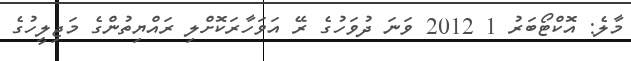
މާލެ: އޮކްޓޯބަރު 1 2012 ވަނަ ދުވަހުގެ ރޭ އަވަހާރަކޮށްލި ރައްޔިތުންގެ މަޖިލީހުގެ